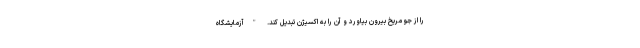
را از جو مریخ بیرون بیاورد و آن را به اکسیژن تبدیل کند. "آزمایشگاه